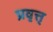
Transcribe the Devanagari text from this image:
प्रवृत्त्